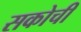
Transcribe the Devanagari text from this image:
सकोची